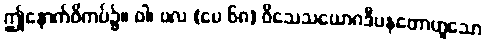
ဤနောက်ဝိကပ်၌။ ဝါ၊ ဗလ (ပေ ၆၈) ဝိသေသယောဂဒီပနတောဟူသော